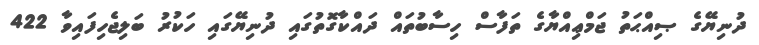
ދުނިޔޭގެ ޞިއްޙަތު ޖަމްޢިއްޔާގެ ތަފާސް ހިސާބުތައް ދައްކާގޮތުގައި ދުނިޔޭގައި ހަކުރު ބަލިޖެހިފައިވާ 422